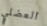
العضلي